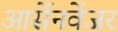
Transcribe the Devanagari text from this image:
आर्सेनवेंजर